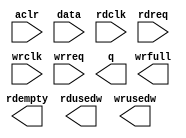
// megafunction wizard: %FIFO%VBB%
// GENERATION: STANDARD
// VERSION: WM1.0
// MODULE: dcfifo 

// ============================================================
// Megafunction Name(s):
// 			dcfifo
//
// Simulation Library Files(s):
// 			altera_mf
// ============================================================
// ************************************************************
// THIS IS A WIZARD-GENERATED FILE. DO NOT EDIT THIS FILE!
//
// 15.1.0 Build 185 10/21/2015 SJ Standard Edition
// ************************************************************

//Copyright (C) 1991-2015 Altera Corporation. All rights reserved.
//Your use of Altera Corporation's design tools, logic functions 
//and other software and tools, and its AMPP partner logic 
//functions, and any output files from any of the foregoing 
//(including device programming or simulation files), and any 
//associated documentation or information are expressly subject 
//to the terms and conditions of the Altera Program License 
//Subscription Agreement, the Altera Quartus Prime License Agreement,
//the Altera MegaCore Function License Agreement, or other 
//applicable license agreement, including, without limitation, 
//that your use is for the sole purpose of programming logic 
//devices manufactured by Altera and sold by Altera or its 
//authorized distributors.  Please refer to the applicable 
//agreement for further details.

module fifo (
	aclr,
	data,
	rdclk,
	rdreq,
	wrclk,
	wrreq,
	q,
	rdempty,
	rdusedw,
	wrfull,
	wrusedw);

	input	  aclr;
	input	[7:0]  data;
	input	  rdclk;
	input	  rdreq;
	input	  wrclk;
	input	  wrreq;
	output	[7:0]  q;
	output	  rdempty;
	output	[9:0]  rdusedw;
	output	  wrfull;
	output	[9:0]  wrusedw;
`ifndef ALTERA_RESERVED_QIS
// synopsys translate_off
`endif
	tri0	  aclr;
`ifndef ALTERA_RESERVED_QIS
// synopsys translate_on
`endif

endmodule

// ============================================================
// CNX file retrieval info
// ============================================================
// Retrieval info: PRIVATE: AlmostEmpty NUMERIC "0"
// Retrieval info: PRIVATE: AlmostEmptyThr NUMERIC "-1"
// Retrieval info: PRIVATE: AlmostFull NUMERIC "0"
// Retrieval info: PRIVATE: AlmostFullThr NUMERIC "-1"
// Retrieval info: PRIVATE: CLOCKS_ARE_SYNCHRONIZED NUMERIC "0"
// Retrieval info: PRIVATE: Clock NUMERIC "4"
// Retrieval info: PRIVATE: Depth NUMERIC "1024"
// Retrieval info: PRIVATE: Empty NUMERIC "1"
// Retrieval info: PRIVATE: Full NUMERIC "1"
// Retrieval info: PRIVATE: INTENDED_DEVICE_FAMILY STRING "Cyclone V"
// Retrieval info: PRIVATE: LE_BasedFIFO NUMERIC "0"
// Retrieval info: PRIVATE: LegacyRREQ NUMERIC "1"
// Retrieval info: PRIVATE: MAX_DEPTH_BY_9 NUMERIC "0"
// Retrieval info: PRIVATE: OVERFLOW_CHECKING NUMERIC "0"
// Retrieval info: PRIVATE: Optimize NUMERIC "0"
// Retrieval info: PRIVATE: RAM_BLOCK_TYPE NUMERIC "0"
// Retrieval info: PRIVATE: SYNTH_WRAPPER_GEN_POSTFIX STRING "0"
// Retrieval info: PRIVATE: UNDERFLOW_CHECKING NUMERIC "0"
// Retrieval info: PRIVATE: UsedW NUMERIC "1"
// Retrieval info: PRIVATE: Width NUMERIC "8"
// Retrieval info: PRIVATE: dc_aclr NUMERIC "1"
// Retrieval info: PRIVATE: diff_widths NUMERIC "0"
// Retrieval info: PRIVATE: msb_usedw NUMERIC "0"
// Retrieval info: PRIVATE: output_width NUMERIC "8"
// Retrieval info: PRIVATE: rsEmpty NUMERIC "1"
// Retrieval info: PRIVATE: rsFull NUMERIC "0"
// Retrieval info: PRIVATE: rsUsedW NUMERIC "1"
// Retrieval info: PRIVATE: sc_aclr NUMERIC "0"
// Retrieval info: PRIVATE: sc_sclr NUMERIC "0"
// Retrieval info: PRIVATE: wsEmpty NUMERIC "0"
// Retrieval info: PRIVATE: wsFull NUMERIC "1"
// Retrieval info: PRIVATE: wsUsedW NUMERIC "1"
// Retrieval info: LIBRARY: altera_mf altera_mf.altera_mf_components.all
// Retrieval info: CONSTANT: INTENDED_DEVICE_FAMILY STRING "Cyclone V"
// Retrieval info: CONSTANT: LPM_NUMWORDS NUMERIC "1024"
// Retrieval info: CONSTANT: LPM_SHOWAHEAD STRING "OFF"
// Retrieval info: CONSTANT: LPM_TYPE STRING "dcfifo"
// Retrieval info: CONSTANT: LPM_WIDTH NUMERIC "8"
// Retrieval info: CONSTANT: LPM_WIDTHU NUMERIC "10"
// Retrieval info: CONSTANT: OVERFLOW_CHECKING STRING "ON"
// Retrieval info: CONSTANT: RDSYNC_DELAYPIPE NUMERIC "4"
// Retrieval info: CONSTANT: READ_ACLR_SYNCH STRING "ON"
// Retrieval info: CONSTANT: UNDERFLOW_CHECKING STRING "ON"
// Retrieval info: CONSTANT: USE_EAB STRING "ON"
// Retrieval info: CONSTANT: WRITE_ACLR_SYNCH STRING "ON"
// Retrieval info: CONSTANT: WRSYNC_DELAYPIPE NUMERIC "4"
// Retrieval info: USED_PORT: aclr 0 0 0 0 INPUT GND "aclr"
// Retrieval info: USED_PORT: data 0 0 8 0 INPUT NODEFVAL "data[7..0]"
// Retrieval info: USED_PORT: q 0 0 8 0 OUTPUT NODEFVAL "q[7..0]"
// Retrieval info: USED_PORT: rdclk 0 0 0 0 INPUT NODEFVAL "rdclk"
// Retrieval info: USED_PORT: rdempty 0 0 0 0 OUTPUT NODEFVAL "rdempty"
// Retrieval info: USED_PORT: rdreq 0 0 0 0 INPUT NODEFVAL "rdreq"
// Retrieval info: USED_PORT: rdusedw 0 0 10 0 OUTPUT NODEFVAL "rdusedw[9..0]"
// Retrieval info: USED_PORT: wrclk 0 0 0 0 INPUT NODEFVAL "wrclk"
// Retrieval info: USED_PORT: wrfull 0 0 0 0 OUTPUT NODEFVAL "wrfull"
// Retrieval info: USED_PORT: wrreq 0 0 0 0 INPUT NODEFVAL "wrreq"
// Retrieval info: USED_PORT: wrusedw 0 0 10 0 OUTPUT NODEFVAL "wrusedw[9..0]"
// Retrieval info: CONNECT: @aclr 0 0 0 0 aclr 0 0 0 0
// Retrieval info: CONNECT: @data 0 0 8 0 data 0 0 8 0
// Retrieval info: CONNECT: @rdclk 0 0 0 0 rdclk 0 0 0 0
// Retrieval info: CONNECT: @rdreq 0 0 0 0 rdreq 0 0 0 0
// Retrieval info: CONNECT: @wrclk 0 0 0 0 wrclk 0 0 0 0
// Retrieval info: CONNECT: @wrreq 0 0 0 0 wrreq 0 0 0 0
// Retrieval info: CONNECT: q 0 0 8 0 @q 0 0 8 0
// Retrieval info: CONNECT: rdempty 0 0 0 0 @rdempty 0 0 0 0
// Retrieval info: CONNECT: rdusedw 0 0 10 0 @rdusedw 0 0 10 0
// Retrieval info: CONNECT: wrfull 0 0 0 0 @wrfull 0 0 0 0
// Retrieval info: CONNECT: wrusedw 0 0 10 0 @wrusedw 0 0 10 0
// Retrieval info: GEN_FILE: TYPE_NORMAL fifo.v TRUE
// Retrieval info: GEN_FILE: TYPE_NORMAL fifo.inc FALSE
// Retrieval info: GEN_FILE: TYPE_NORMAL fifo.cmp FALSE
// Retrieval info: GEN_FILE: TYPE_NORMAL fifo.bsf FALSE
// Retrieval info: GEN_FILE: TYPE_NORMAL fifo_inst.v TRUE
// Retrieval info: GEN_FILE: TYPE_NORMAL fifo_bb.v TRUE
// Retrieval info: LIB_FILE: altera_mf